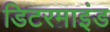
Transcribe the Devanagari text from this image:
डिटरमाइंड